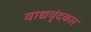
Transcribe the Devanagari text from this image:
वाद्यवृंदकार